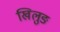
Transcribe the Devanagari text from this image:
खिलुङ